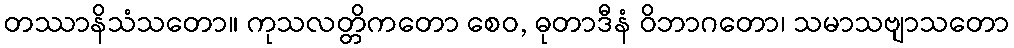
တဿာနိသံသတော။ ကုသလတ္တိကတော စေဝ, ဓုတာဒီနံ ဝိဘာဂတော၊ သမာသဗျာသတော